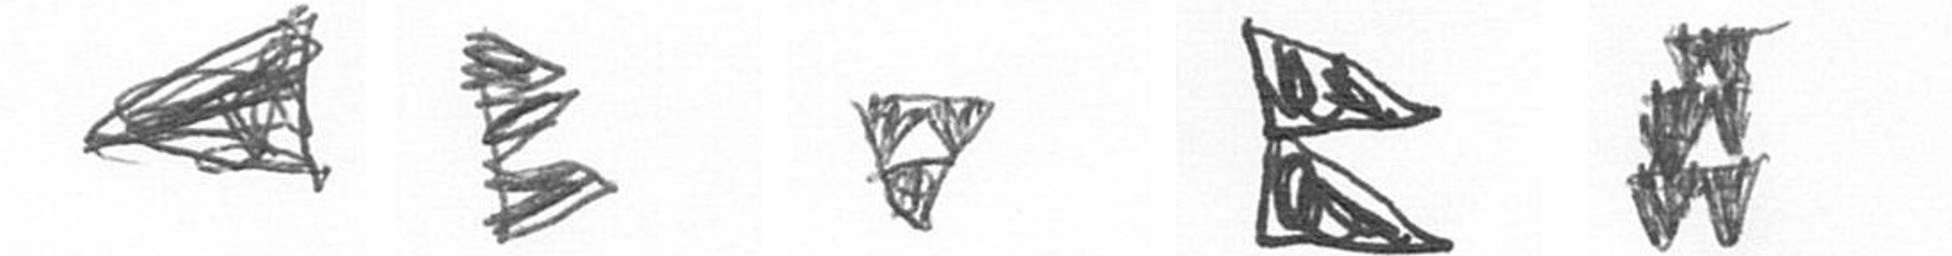
O H S P Y